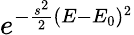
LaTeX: e^{-\frac{s^{2}}{2}(E-E_{0})^{2}}